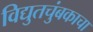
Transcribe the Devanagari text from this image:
विद्युतचुंबकाचा